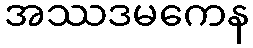
အဿဒမကေန